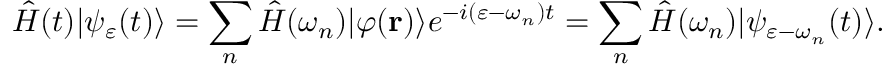
\hat { H } ( t ) | \psi _ { \varepsilon } ( t ) \rangle = \sum _ { n } \hat { H } ( \omega _ { n } ) | \varphi ( { \bf r } ) \rangle e ^ { - i ( \varepsilon - \omega _ { n } ) t } = \sum _ { n } \hat { H } ( \omega _ { n } ) | \psi _ { \varepsilon - \omega _ { n } } ( t ) \rangle .